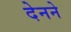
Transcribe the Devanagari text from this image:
देनने